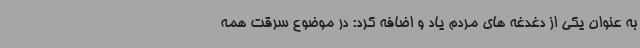
به عنوان یکی از دغدغه های مردم یاد و اضافه کرد: در موضوع سرقت همه